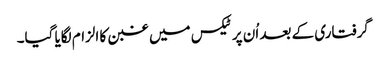
گرفتاری کے بعد اُن پر ٹیکس میں غبن کا الزام لگایا گیا۔